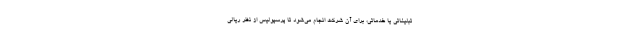
تبلیغاتی یا خدماتی، برای آن شرکت انجام می‌شود تا پرسپولیس از نظر ریالی